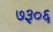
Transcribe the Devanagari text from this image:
७३०६